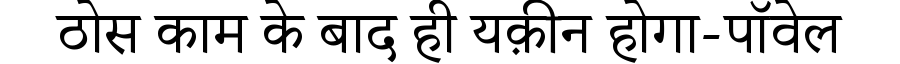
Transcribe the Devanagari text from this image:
ठोस काम के बाद ही यक़ीन होगा-पॉवेल